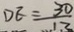
D E = \frac { 3 0 } { 1 3 }